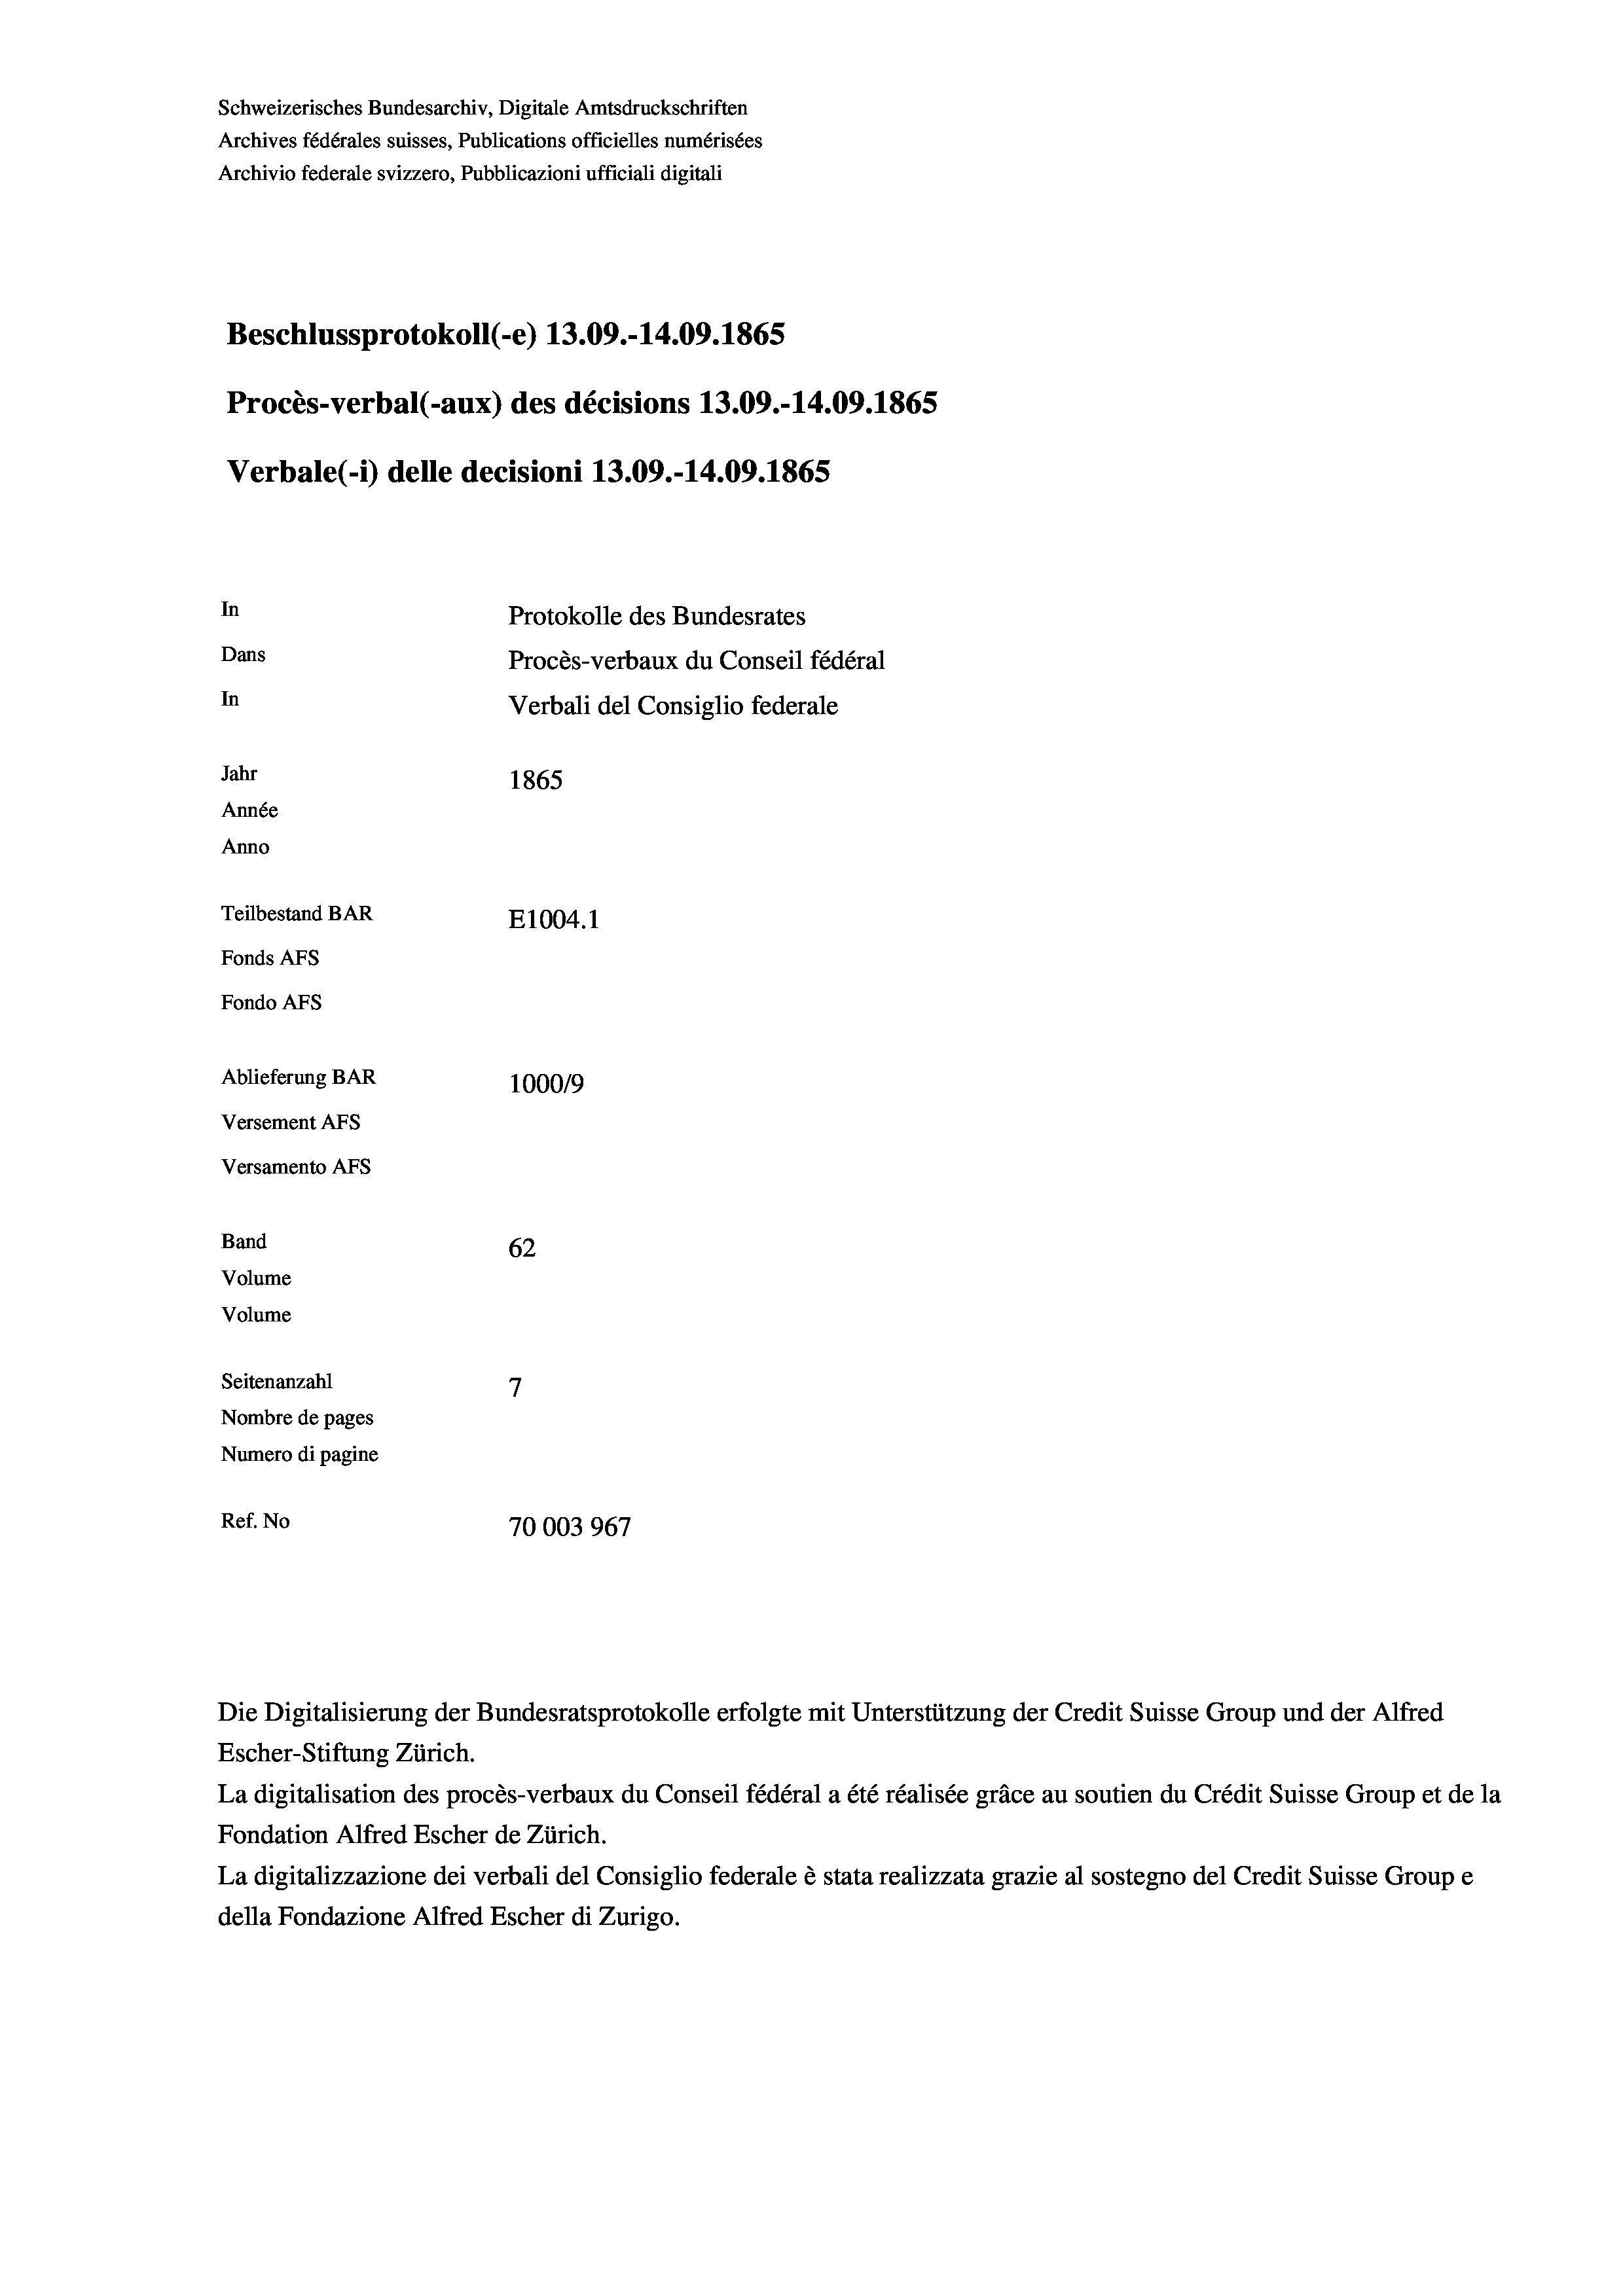
Schweizerisches Bundesarchiv, Digitale Amtsdruckschriften
Archives fédérales suisses, Publications officielles numérisées
Archivio federale svizzero, Pubblicazioni ufficiali digitali
Beschlussprotokoll (-e) 13.09.-14.09. 1865
Procès-verbal (-aux) des décisions 13.09.-14.09. 1865
Verbale (i) delle decisioni 13.09.-14.09. 1865
In
Protokolle des Bundesrates
Dans
Procès-verbaux du Conseil fédéral
In
Verbali del Consiglio federale
Jahr
1865
Année
Anno
Teilbestand BAR
E1004.1
Fonds AFs
Fondo AFS
Ablieferung BAR
100019
Versement AFs
Versamento AFs
Band
62
Volume
Volume
7
Seitenanzahl

Nombre de pages
Numero di pagine
Ref. No
70003967

Escher-Stiftung Zürich.
La digitalisation des procès-verbaux du Conseil fédéral a été réalisée gräce au soutien du Crédit Suisse Group et de la
Fondation Alfred Escher de Zürich.
La digitalizzazione dei verbali del Consiglio federale è stata realizzata grazie al sostegno del Credit Suisse Groupe
della Fondazione Alfred Escher di Zurigo.

Die Digitalisierung der Bundesratsprotokolle erfolgte mit Unterstützung der Credit Suisse Group und der Alfred